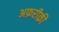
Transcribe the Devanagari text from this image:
अफ़रीक़ी